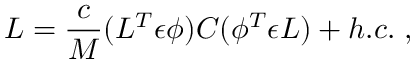
{ \cal L } = \frac { c } { M } ( L ^ { T } \epsilon \phi ) C ( \phi ^ { T } \epsilon L ) + h . c . \; ,